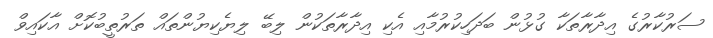
ސަރުކާރުގެ އިދާރާތަކާ ގުޅުން ބަދަހިކުރުމާއި އެކި އިދާރާތަކުން ލިބޭ ލިޔެކިޔުންތައް ތަރުތީބުކޮށް އާކައިވް